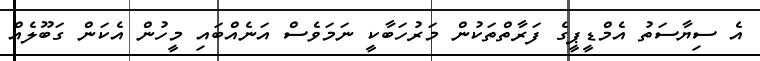
އެ ސިޔާސަތު އެމްޑީޕީގެ ފަރާތްތަކުން މަރުހަބާކީ ނަމަވެސް އަނެއްބައި މީހުން އެކަން ގަބޫލެއް